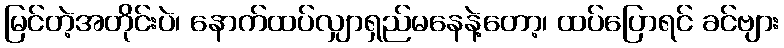
မြင်တဲ့အတိုင်းပဲ၊ နောက်ထပ်လျှာရှည်မနေနဲ့တော့၊ ထပ်ပြောရင် ခင်ဗျား